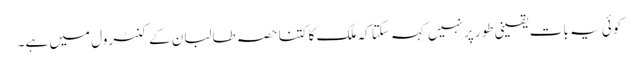
کوئی یہ بات یقینی طور پر نہیں کہہ سکتا کہ ملک کا کتنا حصہ طالبان کے کنٹرول میں ہے۔